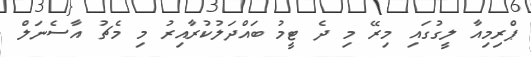
ޕްރިމިއާ ލީގުގައި މިރޭ މި ދެ ޓީމު ބައްދަލުކުރާއިރު މި މެޗު އާސެނަލް